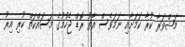
މަޝްވަރާ ކުރާ ކަމަށާއި ނަމަވެސް އާތު ރޮޑް ޖެހުމުގެ މަސައްކަތް ކުރި އިރު